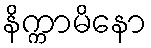
နိက္ကာမိနော